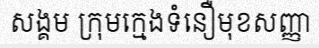
សង្គម ក្រុមក្មេងទំនឿមុខសញ្ញា